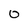
Character: 0